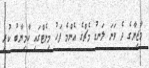
މާޒިޔާގެ ދެ ވަނަ ލަނޑު މެޗްގެ އެންމެ ފަހު މިނެޓްގައި ކާމިޔާބު ކުރީ